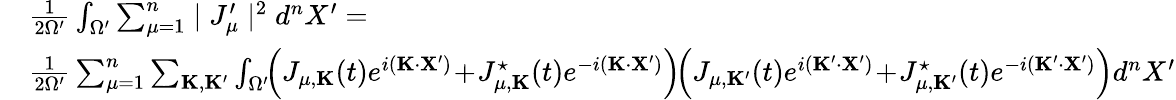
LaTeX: \begin{array}{rl}&{\frac{1}{2\Omega^{\prime}}\int_{\Omega^{\prime}}\sum_{\mu=1}^{n}\mid J_{\mu}^{\prime}\mid^{2}d^{n}X^{\prime}=}\\ &{\frac{1}{2\Omega^{\prime}}\sum_{\mu=1}^{n}\sum_{{\mathbf K},{\mathbf K}^{\prime}}\int_{\Omega^{\prime}}\! \! \left(J_{\mu,{\mathbf K}}(t)e^{i({\mathbf K}\cdot{\mathbf X}^{\prime})}\! +\! J_{\mu,{\mathbf K}}^{\star}(t)e^{-i({\mathbf K}\cdot{\mathbf X}^{\prime})}\right)\! \! \left(J_{\mu,{\mathbf K}^{\prime}}(t)e^{i({\mathbf K^{\prime}}\cdot{\mathbf X}^{\prime})}\! +\! J_{\mu,{\mathbf K}^{\prime}}^{\star}(t)e^{-i({\mathbf K^{\prime}}\cdot{\mathbf X}^{\prime})}\right)d^{n}X^{\prime}}\end{array}